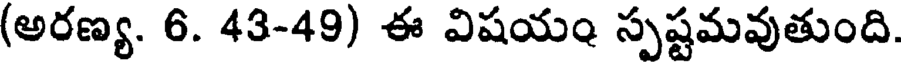
(అరణ్య. 6. 43-49) ఈ విషయం స్పష్టమవుతుంది.